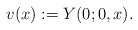
\begin{align*} v(x):=Y(0;0,x).\end{align*}